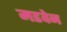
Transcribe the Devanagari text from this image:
मडवेन